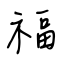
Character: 福